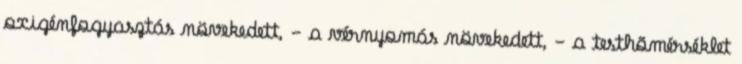
oxigénfogyasztás növekedett, - a vérnyomás növekedett, - a testhõmérséklet